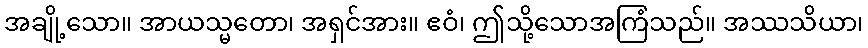
အချို့သော။ အာယသ္မတော၊ အရှင်အား။ ဧဝံ၊ ဤသို့သောအကြံသည်။ အဿသိယာ၊